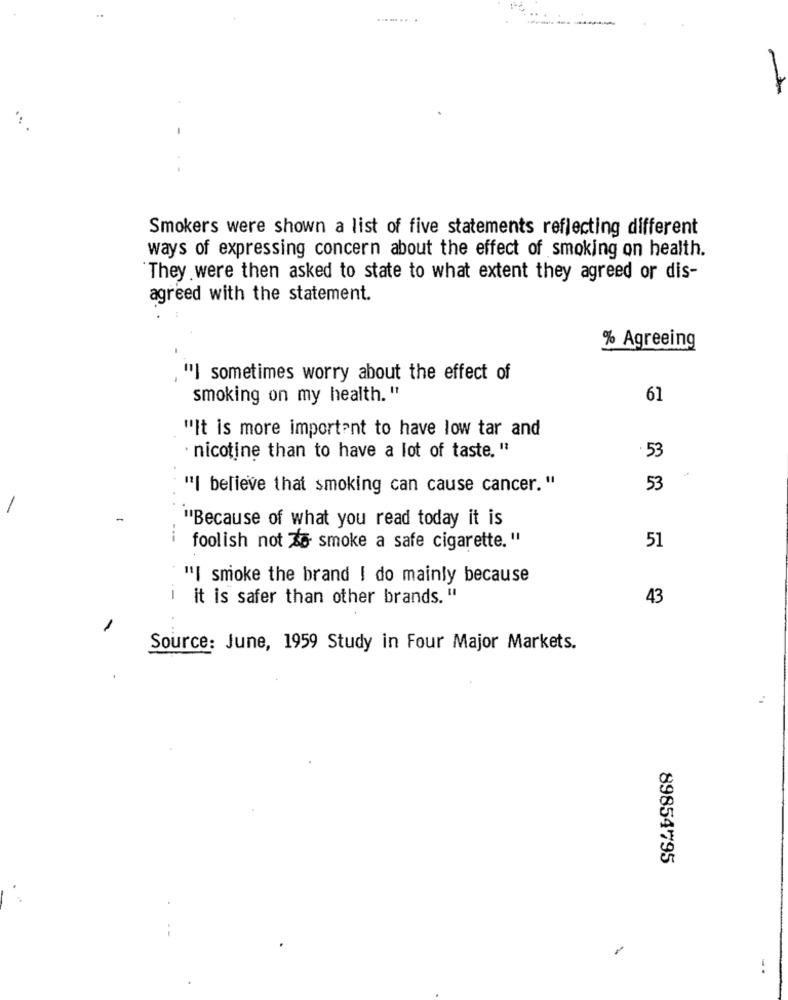
-
Smokers were shown a list of five statements reflecting different
ways of expressing concern about the effect of smoking on health.
They were then asked to state to what extent they agreed or dis-
agreed with the statement.
% Agreeing
"] sometimes worry about the effect of
smoking on my health. "
61
"It is more important to have low tar and
nicotine than to have a lot of taste. "
53
"I believe that smoking can cause cancer. "
53
-
"Because of what you read today it is
foolish not 6 smoke a safe cigarette."
51
"I smoke the brand ! do mainly because
-
it is safer than other brands. "
43
1
Source: June, 1959 Study in Four Major Markets.
89854795
-.